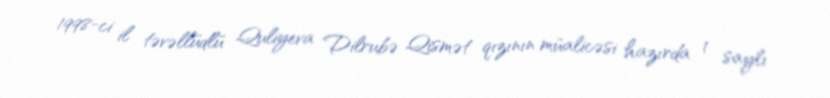
1998-ci il təvəllüdlü Quliyeva Dilrubə Qismət qızının müalicəsi hazırda 1 saylı